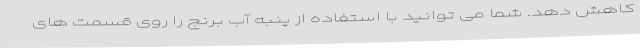
کاهش دهد. شما می توانید با استفاده از پنبه آب برنج را روی قسمت های